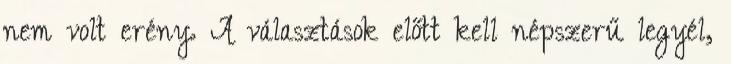
nem volt erény. A választások előtt kell népszerű legyél,